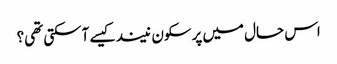
اس حال میں پرسکون نیند کیسے آسکتی تھی؟